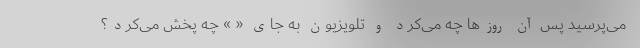
می‌پرسید پس آن روزها چه می‌کرد و تلویزیون به جای « » چه پخش می‌کرد؟